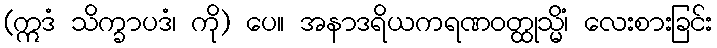
(ဣဒံ သိက္ခာပဒံ၊ ကို) ပေ။ အနာဒရိယကရဏဝတ္ထုသ္မိံ၊ လေးစားခြင်း